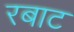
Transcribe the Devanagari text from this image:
रबाट